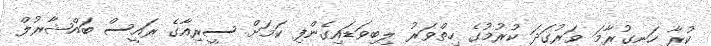
ކުރާ ހަނގުރާމަ ވަރުގަދަ ކުރުމުގެ ހިތްވަރު ލިބިވަޑައިގެންފި ކަމަށް ސީރިއާގެ ރައީސް ބައްޝާރުލް